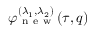
\varphi _ { \mathrm { ~ n ~ e ~ w ~ } } ^ { ( \lambda _ { 1 } , \lambda _ { 2 } ) } ( \tau , q )